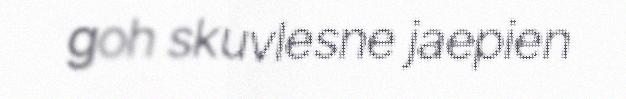
goh skuvlesne jaepien